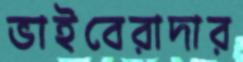
ভাইবেরাদার